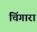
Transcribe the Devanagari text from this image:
चिंगारा